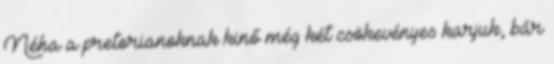
Néha a pretorianoknak kinő még két csökevényes karjuk, bár